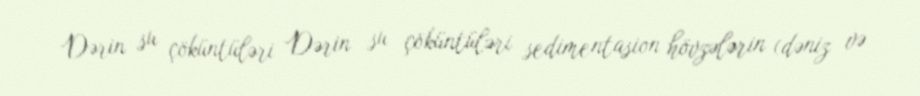
Dərin su çöküntüləri Dərin su çöküntüləri sedimentasion hövzələrin (dəniz və